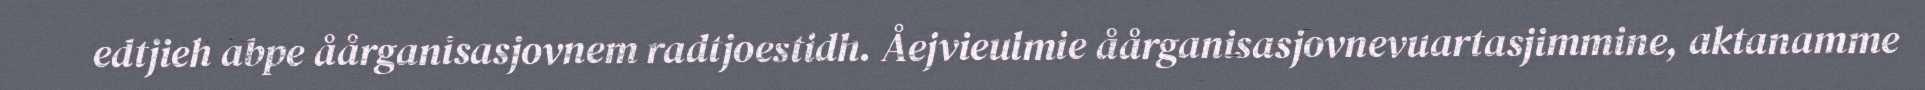
edtjieh abpe åårganisasjovnem radtjoestidh. Åejvieulmie åårganisasjovnevuartasjimmine, aktanamme